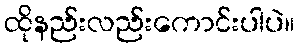
ထိုနည်းလည်းကောင်းပါပဲ။